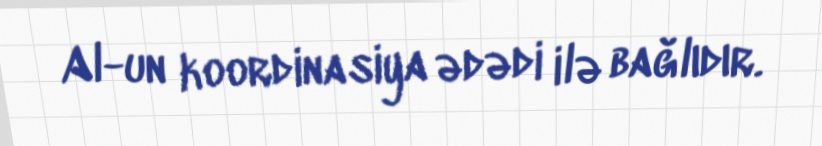
Al-un koordinasiya ədədi ilə bağlıdır.